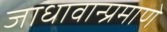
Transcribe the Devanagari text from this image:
जाधावान्प्रमाणे